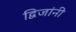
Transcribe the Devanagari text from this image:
द्विजांनी